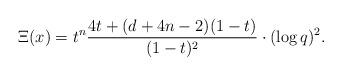
LaTeX: \begin{align*}&\Xi(x)= t^n\frac{4t + (d + 4 n-2) (1 -t)}{(1-t)^2}\cdot (\log q)^2 .\end{align*}